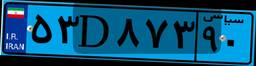
۵۳D۸۷۳۹۰